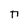
Character: n